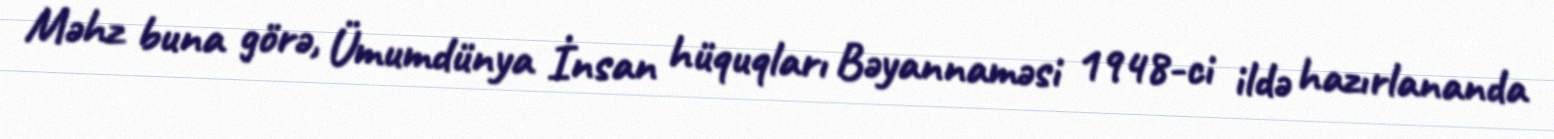
Məhz buna görə, Ümumdünya İnsan hüquqları Bəyannaməsi 1948-ci ildə hazırlananda